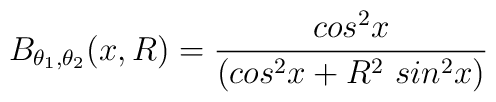
B_{\theta_1,\theta_2}(x,R)=\frac{cos^2x}{(cos^2x+R^2~sin^2x)}